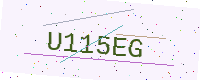
Text: U115EG